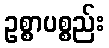
ဥစ္စာပစ္စည်း